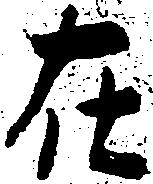
在